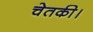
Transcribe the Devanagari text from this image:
चेतकी।